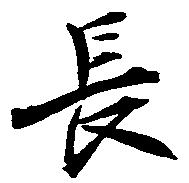
長